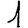
Digit: 1